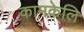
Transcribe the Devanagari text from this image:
कामकेलि